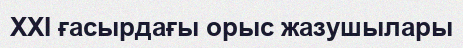
XXI ғасырдағы орыс жазушылары